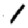
Digit: 1